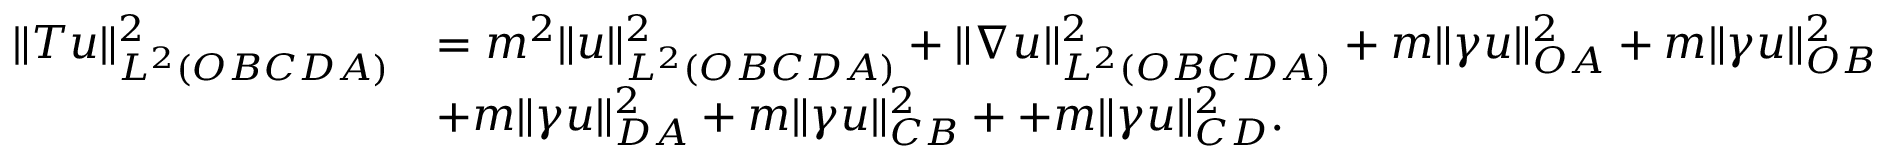
\begin{array} { r l } { \| T u \| _ { L ^ { 2 } ( O B C D A ) } ^ { 2 } } & { = m ^ { 2 } \| u \| _ { L ^ { 2 } ( O B C D A ) } ^ { 2 } + \| \nabla u \| _ { L ^ { 2 } ( O B C D A ) } ^ { 2 } + m \| \gamma u \| _ { O A } ^ { 2 } + m \| \gamma u \| _ { O B } ^ { 2 } } \\ & { + m \| \gamma u \| _ { D A } ^ { 2 } + m \| \gamma u \| _ { C B } ^ { 2 } + + m \| \gamma u \| _ { C D } ^ { 2 } . } \end{array}